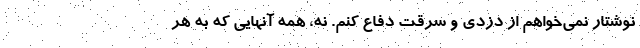
نوشتار نمی‌خواهم از دزدی و سرقت دفاع کنم. نه، همه آنهایی که به هر